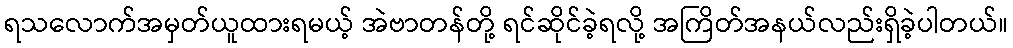
ရသလောက်အမှတ်ယူထားရမယ့် အဲဗာတန်တို့ ရင်ဆိုင်ခဲ့ရလို့ အကြိတ်အနယ်လည်းရှိခဲ့ပါတယ်။